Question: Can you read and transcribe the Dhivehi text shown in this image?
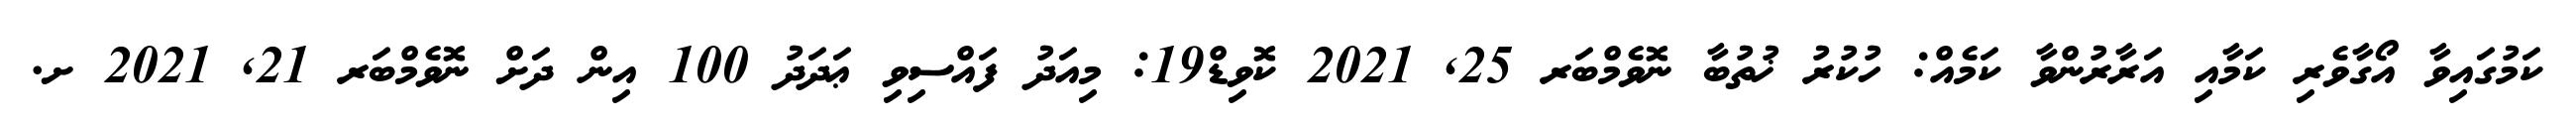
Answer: ކަމުގައިވާ އޯގާވެރި ކަމާއި އަރާރުންވާ ކަމެއް: ހުކުރު ޚުތުބާ ނޮވެމްބަރ 25, 2021 ކޮވިޑް19: މިއަދު ފައްސިވި ޢަދަދު 100 އިން ދަށް ނޮވެމްބަރ 21, 2021 ށ.